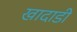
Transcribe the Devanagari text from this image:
खादाडी